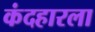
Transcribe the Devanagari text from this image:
कंदहारला